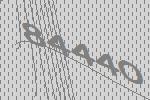
84440